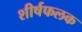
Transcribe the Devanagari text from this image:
शीर्षफलक